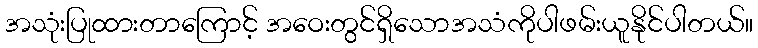
အသုံးပြုထားတာကြောင့် အဝေးတွင်ရှိသောအသံကိုပါဖမ်းယူနိုင်ပါတယ်။